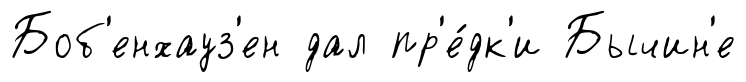
Боб'енхауз'ен дал пр'е́дк'и Бычин'е